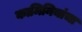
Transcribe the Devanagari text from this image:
कामिनियांचा